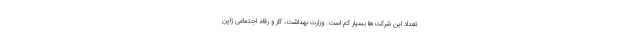
تعداد این شرکت‌ها بسیار کم است. وزارت بهداشت، کار و رفاه اجتماعی ژاپن